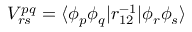
V _ { r s } ^ { p q } = \langle \phi _ { p } \phi _ { q } | r _ { 1 2 } ^ { - 1 } | \phi _ { r } \phi _ { s } \rangle